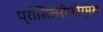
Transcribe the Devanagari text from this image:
प्रोसिलैरीफोर्म्स